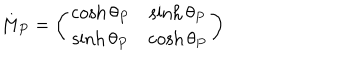
LaTeX: M _ { P } = \left( \begin{matrix} { { \cosh \theta _ { P } } } & { { \sinh \theta _ { P } } } \\ { { \sinh \theta _ { P } } } & { { \cosh \theta _ { P } } } \\ \end{matrix} \right)